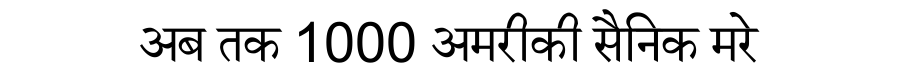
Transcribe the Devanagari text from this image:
अब तक 1000 अमरीकी सैनिक मरे